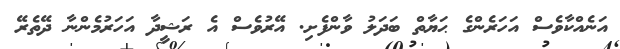
އަނެއްކާވެސް އަހަރެންގެ ޙަޔާތް ބަދަލު ވާންފެށި. އޭރުވެސް އެ ރަޝީދާ އަހަރުމެންނާ ދޭތެރޭ